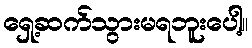
ရှေ့ဆက်သွားမရဘူးပေါ့။